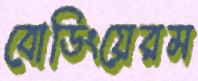
বোডিংয়েরম